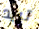
تريد